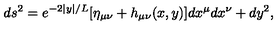
d s ^ { 2 } = e ^ { - 2 | y | / L } [ \eta _ { \mu \nu } + h _ { \mu \nu } ( x , y ) ] d x ^ { \mu } d x ^ { \nu } + d y ^ { 2 } ,